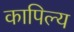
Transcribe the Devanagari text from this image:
कापिल्य